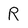
Character: R